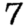
Digit: 7